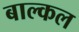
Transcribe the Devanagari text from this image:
बाल्कल